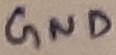
Text: GND